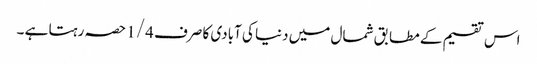
اس تقسیم کے مطابق شمال میں دنیا کی آبادی کا صرف 1/4 حصہ رہتا ہے ۔